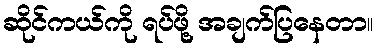
ဆိုင်ကယ်ကို ရပ်ဖို့ အချက်ပြနေတာ။